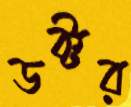
ডক্টর